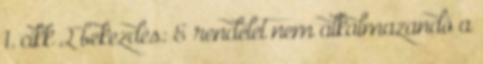
1. cikk 2 bekezdés: E rendelet nem alkalmazandó a